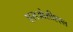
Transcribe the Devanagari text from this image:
एसओसीएएल